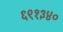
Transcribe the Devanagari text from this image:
६९१३४०